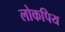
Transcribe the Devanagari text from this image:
लोकपिय